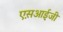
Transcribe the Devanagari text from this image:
एस़आई़जी